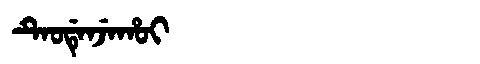
Manchu: ᡨᡝᠣᡩᡝᠨᠵᡝᡥᠣᡳ
Romanization: TEODENJEHOI